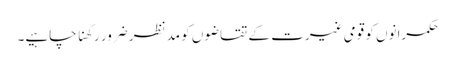
حکمرانوں کو قومی غیرت کے تقاضوں کو مدنظر ضرور رکھنا چاہیے۔